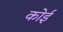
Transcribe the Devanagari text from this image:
कोई